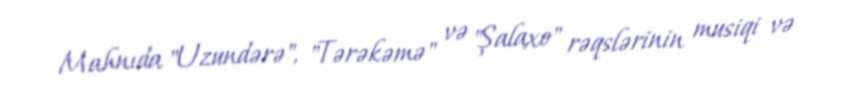
Mahnıda "Uzundərə", "Tərəkəmə" və "Şalaxo" rəqslərinin musiqi və